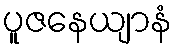
ပူဇနေယျာနံ